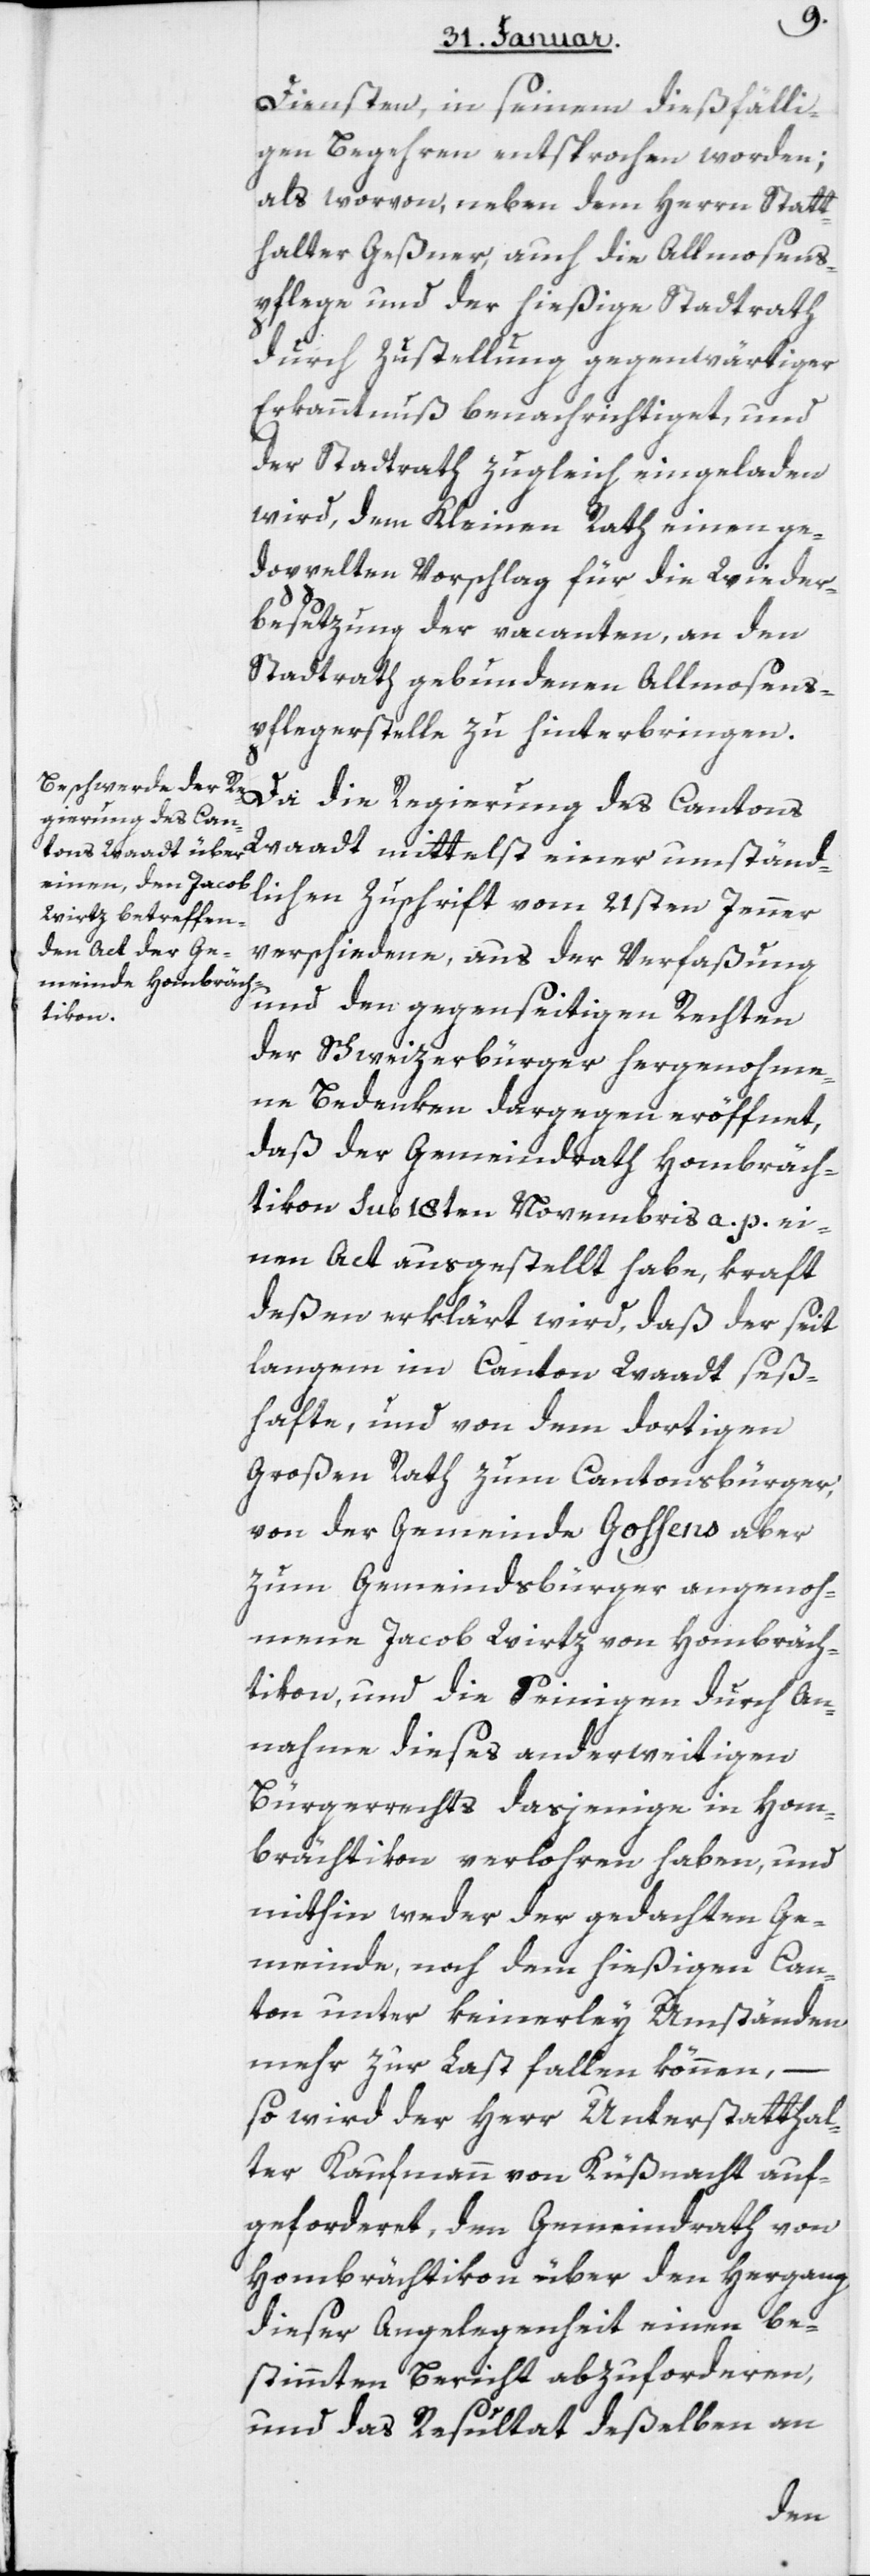
Diensten, in seinem dießfälli¬
gen Begehren entsprochen worden;
als worvon, neben dem Herrn Statt¬
halter Geßner, auch die Allmosens¬
pflege und der hießige Stadtrath
durch Zustellung gegenwärtiger
Erkanntnuß benachrichtiget, und
der Stadtrath zugleich eingeladen
wird, dem Kleinen Rath einen ge¬
doppelten Vorschlag für die Wieder¬
besetzung der vacanten, an den
Stadtrath gebundenen Allmosens¬
pflegerstelle zu hinterbringen.
Da die Regierung des Cantons
Waadt mittelst einer umständ¬
lichen Zuschrift vom 21sten Jenner
verschiedene, aus der Verfaßung
und den gegenseitigen Rechten
der Schweizerbürger hergenohme¬
ne Bedenken dargegen eröffnet,
daß der Gemeindrath Hombräch¬
tikon sub 18ten Novembris a. p. ei¬
nen Act ausgestellt habe, kraft
deßen erklärt wird, daß der seit
langem im Canton Waadt seß¬
hafte, und von dem dortigen
Großen Rath zum Cantonsbürger,
von der Gemeinde Gossens aber
zum Gemeindsbürger angenoh¬
mene Jacob Wirtz von Hombräch¬
tikon, und die Seinigen durch An¬
nahme dieses anderweitigen
Bürgerrechts dasjenige in Hom¬
brächtikon verlohren haben, und
mithin weder der gedachten Ge¬
meinde, noch dem hießigen Can¬
ton unter keinerley Umständen
mehr zur Last fallen können, –
so wird der Herr Unterstatthal¬
ter Kaufmann von Küßnacht auf¬
geforderet, den Gemeindrath von
Hombrächtikon über den Hergang
dieser Angelegenheit einen be¬
stimmten Bericht abzuforderen,
und das Resultat deßelben an